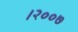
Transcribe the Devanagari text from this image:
।२००७